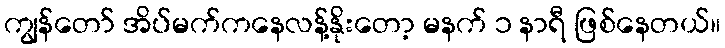
ကျွန်တော် အိပ်မက်ကနေလန့်နိုးတော့ မနက် ၁ နာရီ ဖြစ်နေတယ်။